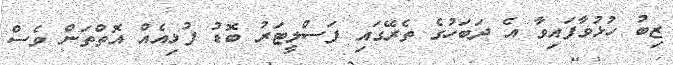
ޒިބު ހުޅުވާފައިވާ އެ ދަބަހުގެ ތެރޭގައި ފަސްލީޓަރު ބޮޑު ފުޅިއެއް އޮތްތަން ވެސް